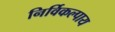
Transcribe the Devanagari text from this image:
निर्विकल्पाय